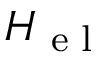
H \sb { \textnormal { e l } }